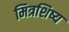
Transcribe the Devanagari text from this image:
मित्रशिष्य